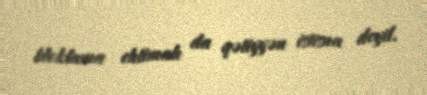
bloklama ehtimalı da qətiyyən istisna deyil.